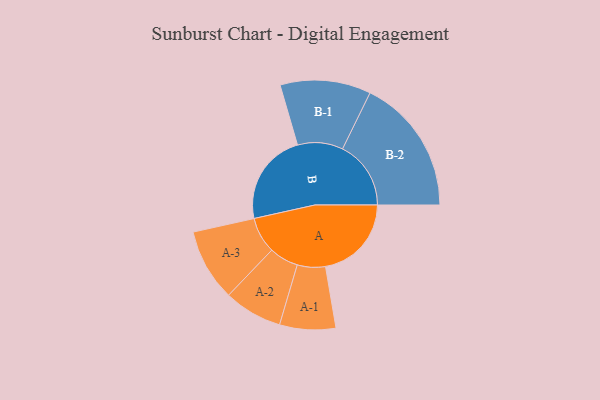
{"axis": {"x": "Segment", "y": "Value"}, "legend": ["", "A", "B"], "data": [{"x": "A", "y": 362, "type": ""}, {"x": "B", "y": 389, "type": ""}, {"x": "A-1", "y": 118, "type": "A"}, {"x": "A-2", "y": 123, "type": "A"}, {"x": "A-3", "y": 152, "type": "A"}, {"x": "B-1", "y": 191, "type": "B"}, {"x": "B-2", "y": 288, "type": "B"}]}